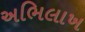
અભિલાખ